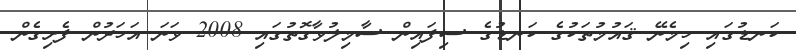
ކަނޑުގައި ހިމެނޭ ޤައުމުތަކުގެ ކަނޑުގެ ސިފައިން ސާމިލުވާގޮތުގައި 2008 ވަނަ އަހަރުން ފެށިގެން